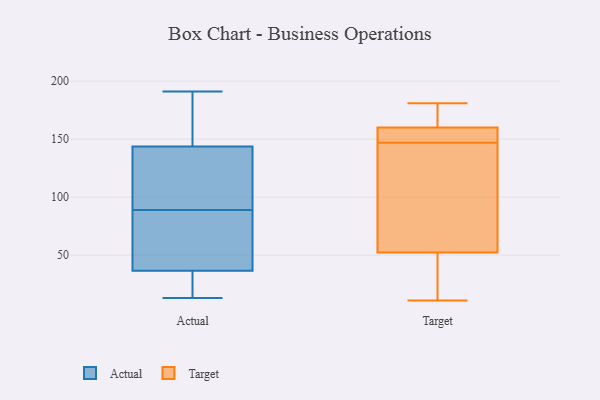
{"axis": {"x": "Latency (ms)", "y": "Value"}, "legend": ["Actual", "Target"], "data": [{"x": "", "y": 23, "type": "Actual"}, {"x": "", "y": 188, "type": "Actual"}, {"x": "", "y": 191, "type": "Actual"}, {"x": "", "y": 141, "type": "Actual"}, {"x": "", "y": 85, "type": "Actual"}, {"x": "", "y": 89, "type": "Actual"}, {"x": "", "y": 91, "type": "Actual"}, {"x": "", "y": 13, "type": "Actual"}, {"x": "", "y": 18, "type": "Actual"}, {"x": "", "y": 152, "type": "Actual"}, {"x": "", "y": 41, "type": "Actual"}, {"x": "", "y": 126, "type": "Actual"}, {"x": "", "y": 53, "type": "Actual"}, {"x": "", "y": 71, "type": "Target"}, {"x": "", "y": 120, "type": "Target"}, {"x": "", "y": 24, "type": "Target"}, {"x": "", "y": 176, "type": "Target"}, {"x": "", "y": 154, "type": "Target"}, {"x": "", "y": 148, "type": "Target"}, {"x": "", "y": 46, "type": "Target"}, {"x": "", "y": 162, "type": "Target"}, {"x": "", "y": 147, "type": "Target"}, {"x": "", "y": 181, "type": "Target"}, {"x": "", "y": 11, "type": "Target"}]}